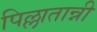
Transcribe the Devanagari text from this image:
पिल्लातान्नी